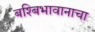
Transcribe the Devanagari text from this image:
बश्बिभावानाचा